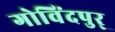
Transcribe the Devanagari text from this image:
गोविंदपुर्